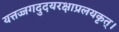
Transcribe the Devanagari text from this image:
यत्तज्जगदुदयरक्षाप्रलयकृत्।